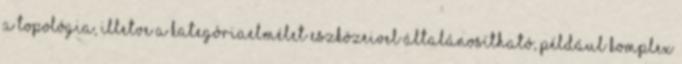
a topológia, illetve a kategóriaelmélet eszközeivel általánosítható, például komplex